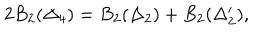
2 B _ { 2 } ( \Delta _ { 4 } ) = B _ { 2 } ( \Delta _ { 2 } ) + B _ { 2 } ( \Delta _ { 2 } ^ { \prime } ) ,